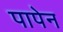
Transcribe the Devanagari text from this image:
पापेन